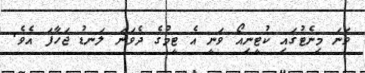
ވަނަ މިނެޓުގައި ކުޓީނިއޯ ވަނީ އެ ޓީމުގެ ދެވަނަ ލަނޑު ޖަހާފަ އެވެ.